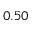
0 . 5 0